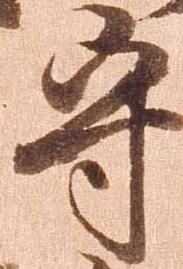
守